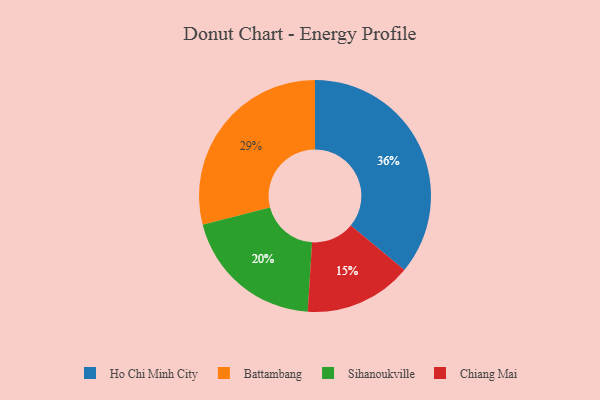
{"axis": {"x": "Category", "y": "Percentage"}, "legend": ["Battambang", "Chiang Mai", "Ho Chi Minh City", "Sihanoukville"], "data": [{"x": "Chiang Mai", "y": 15, "type": "Chiang Mai"}, {"x": "Ho Chi Minh City", "y": 36, "type": "Ho Chi Minh City"}, {"x": "Battambang", "y": 29, "type": "Battambang"}, {"x": "Sihanoukville", "y": 20, "type": "Sihanoukville"}]}